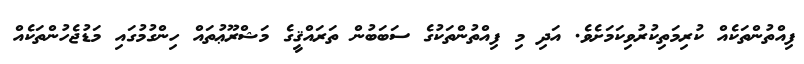
ފިއްތުންތަކެއް ކުރިމަތިކުރުވިކަމަށެވެ. އަދި މި ފިއްތުންތަކުގެ ސަބަބުން ތަރައްޤީގެ މަޝްރޫޢުތައް ހިންގުމުގައި މަޑުޖެހުންތަކެއް